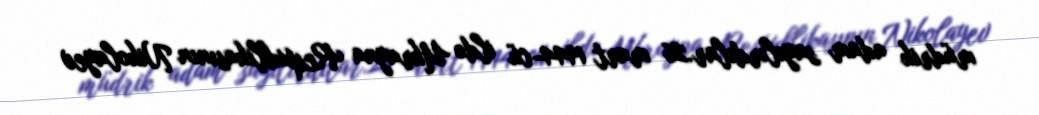
müdrik adam sayılırdılar.26 mart 1944-cü ildə Ukrayna Respublikasının Nikolayev